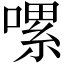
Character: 𠼱